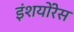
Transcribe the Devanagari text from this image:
इंशयोंरेस